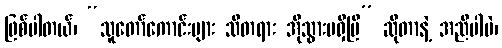
ဖြစ်ပါတယ်၊ “သူတော်ကောင်းများ သိတရား အိုသွားမရှိပြီ” ဆိုတာနဲ့ အညီပါပဲ၊